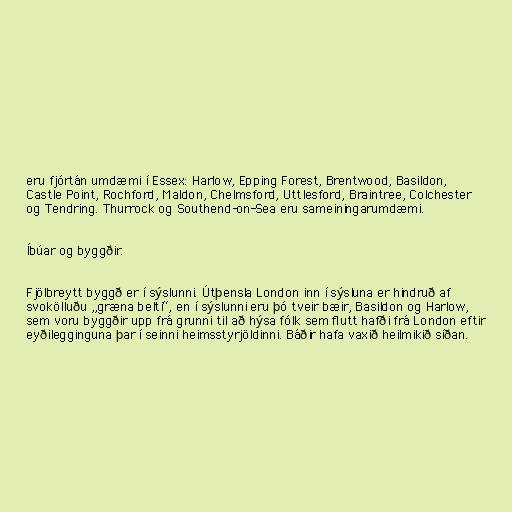
eru fjórtán umdæmi í Essex: Harlow, Epping Forest, Brentwood, Basildon,
Castle Point, Rochford, Maldon, Chelmsford, Uttlesford, Braintree, Colchester
og Tendring. Thurrock og Southend-on-Sea eru sameiningarumdæmi.

Íbúar og byggðir.

Fjölbreytt byggð er í sýslunni. Útþensla London inn í sýsluna er hindruð af
svokölluðu „græna belti“, en í sýslunni eru þó tveir bæir, Basildon og Harlow,
sem voru byggðir upp frá grunni til að hýsa fólk sem flutt hafði frá London eftir
eyðilegginguna þar í seinni heimsstyrjöldinni. Báðir hafa vaxið heilmikið síðan.